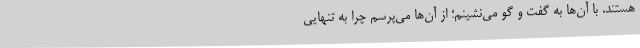
هستند. با آن‌ها به گفت و گو می‌نشینم؛ از آن‌ها می‌پرسم چرا به تنهایی